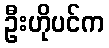
ဦးဟိုပင်က